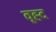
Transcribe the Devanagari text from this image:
वृह्द